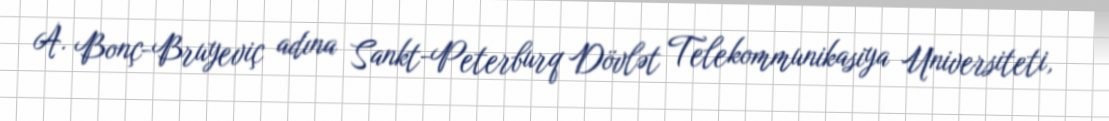
A. Bonç-Bruyeviç adına Sankt-Peterburq Dövlət Telekommunikasiya Universiteti,